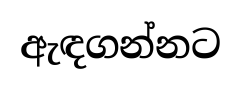
ඇඳගන්නට